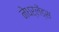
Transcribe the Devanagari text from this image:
नेधर्लेंड्स